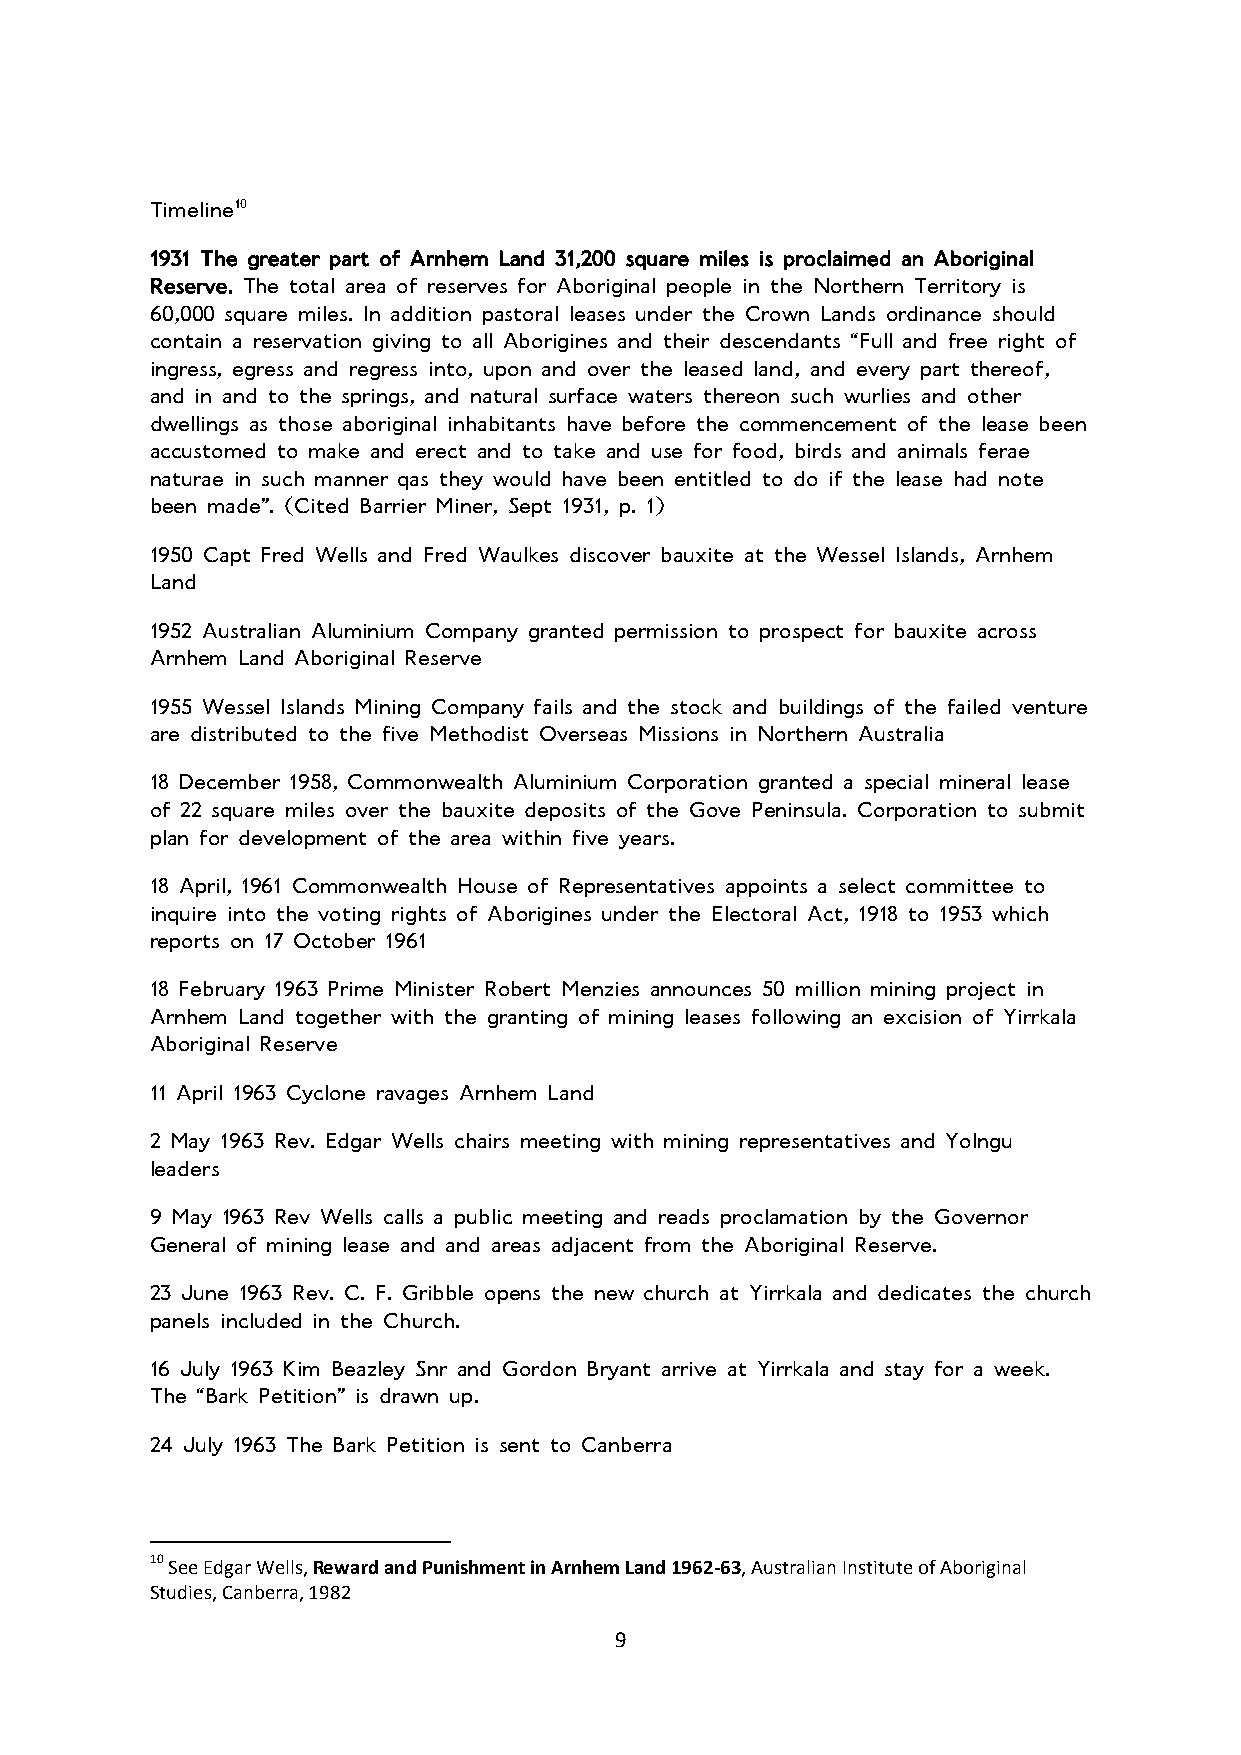
Timeline10
 1931 The greater part of Arnhem Land 31,200 square miles is proclaimed an Aboriginal
 Reserve. The total area of reserves for Aboriginal people in the Northern Territory is
 60,000 square miles. In addition pastoral leases under the Crown Lands ordinance should
 contain a reservation giving to all Aborigines and their descendants “Full and free right of
 ingress, egress and regress into, upon and over the leased land, and every part thereof,
 and in and to the springs, and natural surface waters thereon such wurlies and other
 dwellings as those aboriginal inhabitants have before the commencement of the lease been
 accustomed to make and erect and to take and use for food, birds and animals ferae
 naturae in such manner qas they would have been entitled to do if the lease had note
 been made”. (Cited Barrier Miner, Sept 1931, p. 1)
 1950 Capt Fred Wells and Fred Waulkes discover bauxite at the Wessel Islands, Arnhem
 Land
 1952 Australian Aluminium Company granted permission to prospect for bauxite across
 Arnhem Land Aboriginal Reserve
 1955 Wessel Islands Mining Company fails and the stock and buildings of the failed venture
 are distributed to the five Methodist Overseas Missions in Northern Australia
 18 December 1958, Commonwealth Aluminium Corporation granted a special mineral lease
 of 22 square miles over the bauxite deposits of the Gove Peninsula. Corporation to submit
 plan for development of the area within five years.
 18 April, 1961 Commonwealth House of Representatives appoints a select committee to
 inquire into the voting rights of Aborigines under the Electoral Act, 1918 to 1953 which
 reports on 17 October 1961
 18 February 1963 Prime Minister Robert Menzies announces 50 million mining project in
 Arnhem Land together with the granting of mining leases following an excision of Yirrkala
 Aboriginal Reserve
 11 April 1963 Cyclone ravages Arnhem Land
 2 May 1963 Rev. Edgar Wells chairs meeting with mining representatives and Yolngu
 leaders
 9 May 1963 Rev Wells calls a public meeting and reads proclamation by the Governor
 General of mining lease and and areas adjacent from the Aboriginal Reserve.
 23 June 1963 Rev. C. F. Gribble opens the new church at Yirrkala and dedicates the church
 panels included in the Church.
 16 July 1963 Kim Beazley Snr and Gordon Bryant arrive at Yirrkala and stay for a week.
 The “Bark Petition” is drawn up.
 24 July 1963 The Bark Petition is sent to Canberra
 10 See Edgar Wells, Reward and Punishment in Arnhem Land 1962-63, Australian Institute of Aboriginal
 Studies, Canberra, 1982
 9